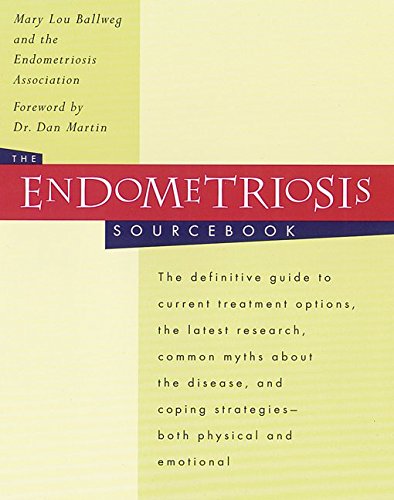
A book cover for The Endometriosis Sourcebook; Mary Lou Ballweg; Health, Fitness & Dieting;